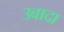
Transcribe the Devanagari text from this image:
उबादा